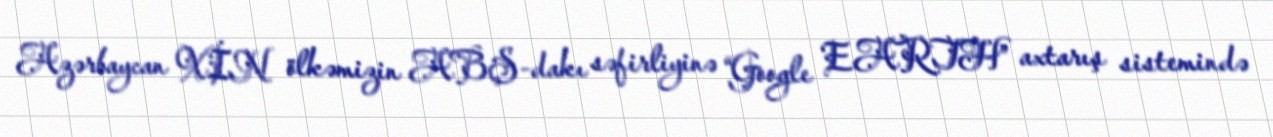
Azərbaycan XİN ölkəmizin ABŞ-dakı səfirliyinə “Google EARTH” axtarış sistemində